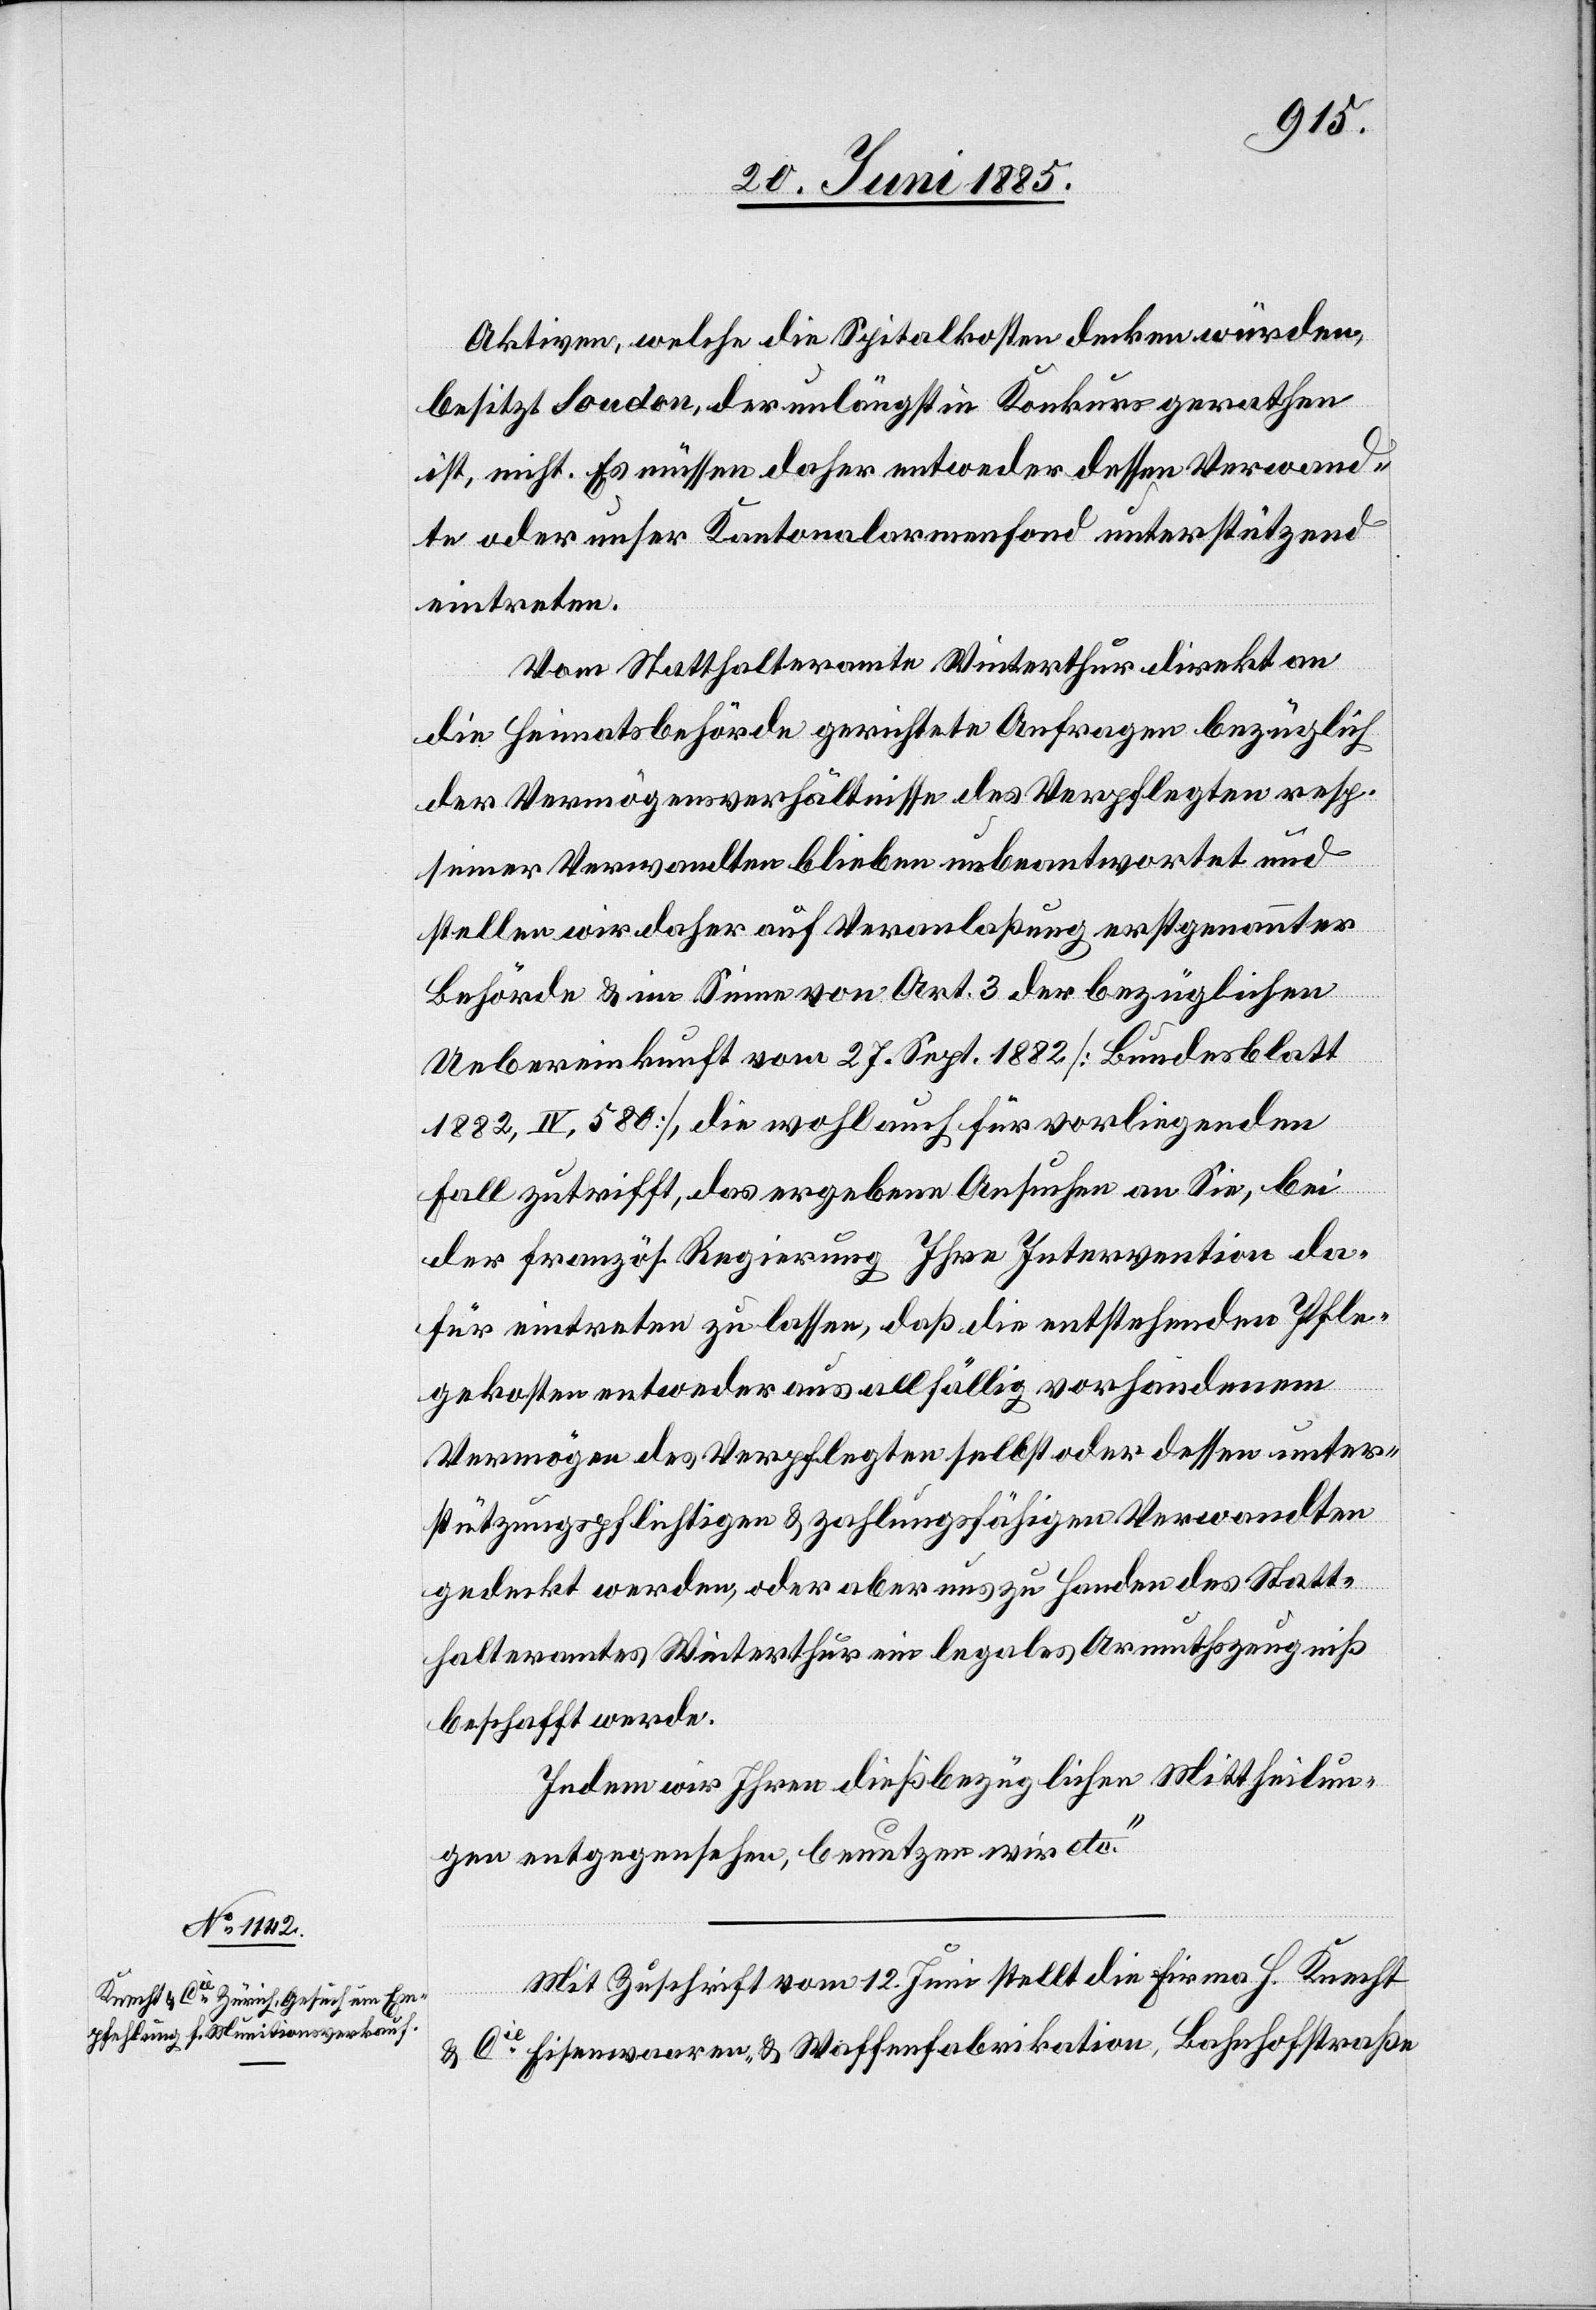
Aktiven, welche die Spitalkosten decken würden,
besitzt Soudon, der unlängst in Konkurs gerathen
ist, nicht. Es müssen daher entweder dessen Verwand¬
te oder unser Kantonalarmenfond unterstützend
eintreten.
Vom Statthalteramte Winterthur direkt an
die Heimatbehörde gerichtete Anfragen bezüglich
der Vermögensverhältnisse des Verpflegten resp.
seiner Verwandten blieben unbeantwortet und
stellen wir daher auf Veranlaßung erstgenannter
Behörde & im Sinne von Art. 3 der bezüglichen
Uebereinkunft vom 27. Sept. 1882 [Bundesblatt
1882, IV, 580], die wohl auch für vorliegenden
Fall zutrifft, das ergebene Ansuchen an Sie, bei
der französ. Regierung Ihre Intervention da¬
für eintreten zu lassen, daß die entstehenden Pfle¬
gekosten entweder aus allfällig vorhandenem
Vermögen des Verpflegten selbst oder dessen unter¬
stützungspflichtigen & zahlungsfähigen Verwandten
gedeckt werden, oder aber uns zu Handen des Statt¬
halteramtes Winterthur ein legales Armuthszeugniß
beschafft werde.
Indem wir Ihren dießbezüglichen Mittheilun¬
gen entgegensehen, benutzen wir etc.“
Mit Zuschrift vom 12. Juni stellt die Firma H. Knecht
& Cie Eisenwaaren & Waffenfabrikation, Bahnhofstraße